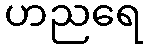
ဟညရေ